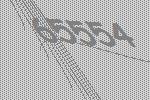
65554